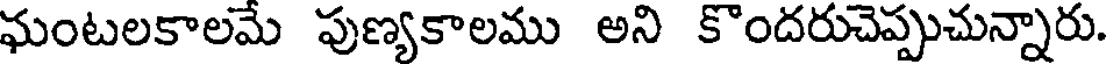
ఘంటలకాలమే పుణ్యకాలము అని కొందరుచెప్పుచున్నారు.